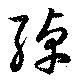
綽